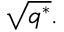
{ \sqrt { q ^ { * } } } .